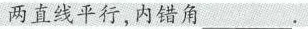
两直线平行，内错角___.